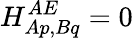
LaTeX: H_{Ap,Bq}^{AE}=0